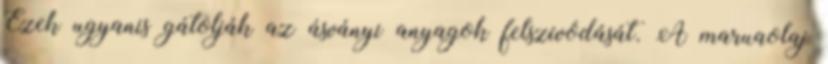
Ezek ugyanis gátolják az ásványi anyagok felszívódását. A maruaolaj